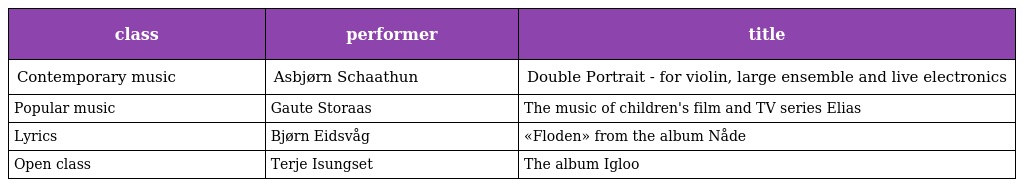
| class | performer | title |
 | --- | --- | --- |
 | Contemporary music | Asbjørn Schaathun | Double Portrait - for violin, large ensemble and live electronics |
 | Popular music | Gaute Storaas | The music of children's film and TV series Elias |
 | Lyrics | Bjørn Eidsvåg | «Floden» from the album Nåde |
 | Open class | Terje Isungset | The album Igloo |